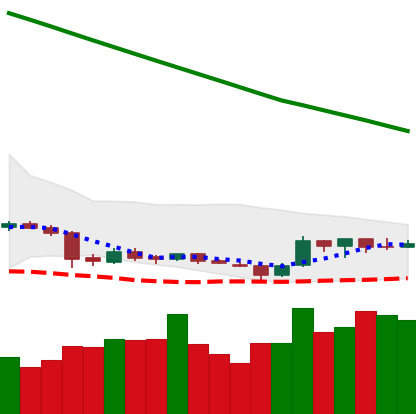
Ticker: ETC-USD
Chart end date: 2019-02-13
Forward return: 6.83%
Label: up_5_7